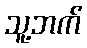
သူ့ဘက်